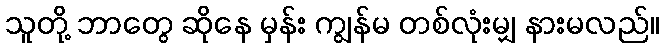
သူတို့ ဘာတွေ ဆိုနေ မှန်း ကျွန်မ တစ်လုံးမျှ နားမလည်။